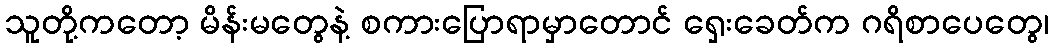
သူတို့ကတော့ မိန်းမတွေနဲ့ စကားပြောရာမှာတောင် ရှေးခေတ်က ဂရိစာပေတွေ၊